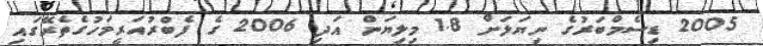
2005 ޑިސެމްބަރުގެ ނިޔަލަށް 1.8 މިލިޔަން އަދި 2006 ގެ ފެބްރުއަރީމަހުގެތެރޭގައި